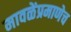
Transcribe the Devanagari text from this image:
मावळेंप्रमाणेच